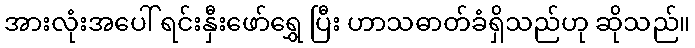
အားလုံးအပေါ် ရင်းနှီးဖော်ရွှေ ပြီး ဟာသဓာတ်ခံရှိသည်ဟု ဆိုသည်။